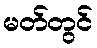
မတ်တွင်